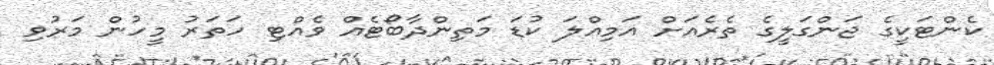
ކެންޓަކީގެ ޖަންގަލީގެ ތެރެއަށް އަމިއްލަ ކުޑަ މަތިންދާބޯޓެއް ވެއްޓި ހަތަރު މީހުން މަރުވި